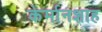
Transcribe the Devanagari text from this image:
केर्मानशाह